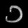
Digit: ၁